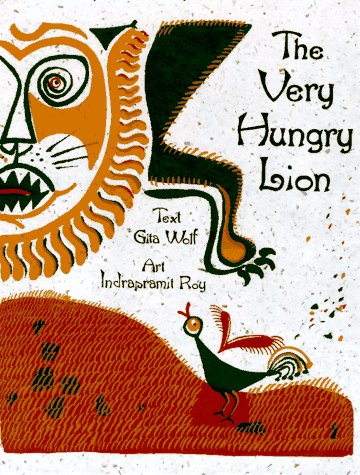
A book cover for Very Hungry Lion; Children's Books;